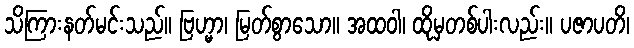
သိကြားနတ်မင်းသည်။ ဗြဟ္မာ၊ မြတ်စွာသော။ အထဝါ၊ ထိုမှတစ်ပါးလည်း။ ပဇာပတိ၊